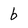
Character: b